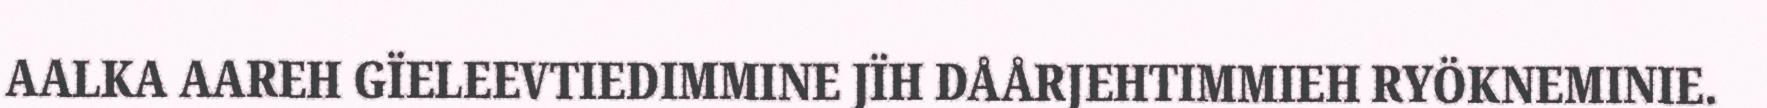
AALKA AAREH GÏELEEVTIEDIMMINE JÏH DÅÅRJEHTIMMIEH RYÖKNEMINIE.